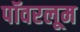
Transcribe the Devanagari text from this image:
पॉवरलूम